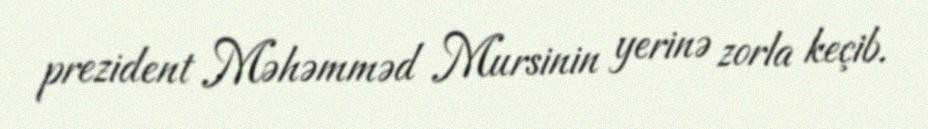
prezident Məhəmməd Mursinin yerinə zorla keçib.